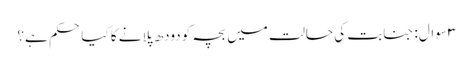
۳ سوال: جنابت کی حالت میں بچہ کو دودھ پلانے کا کیا حکم ہے؟